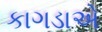
કાગડાએ